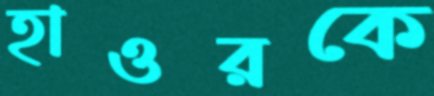
হাওরকে